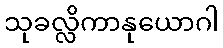
သုခလ္လိကာနုယောဂါ